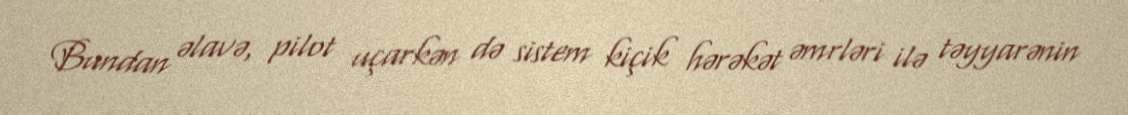
Bundan əlavə, pilot uçarkən də sistem kiçik hərəkət əmrləri ilə təyyarənin